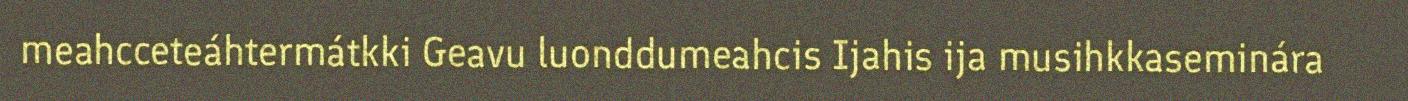
meahcceteáhtermátkki Geavu luonddumeahcis Ijahis ija musihkkaseminára